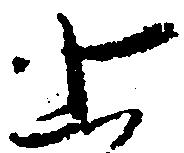
上